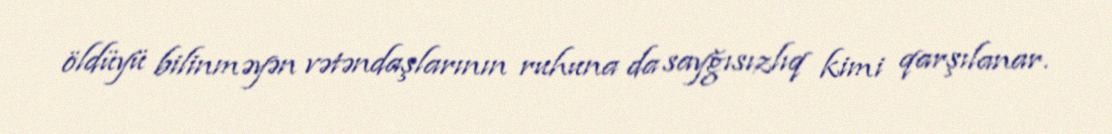
öldüyü bilinməyən vətəndaşlarının ruhuna da sayğısızlıq kimi qarşılanar.